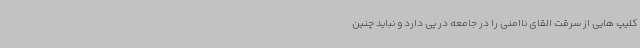
کلیپ هایی از سرقت القای ناامنی را در جامعه در پی دارد و نباید چنین